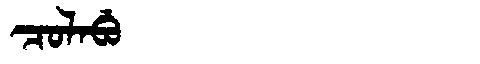
Manchu: ᠴᠣᠯᠠᠪᡠ
Romanization: COLABU